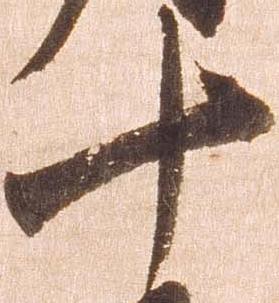
十